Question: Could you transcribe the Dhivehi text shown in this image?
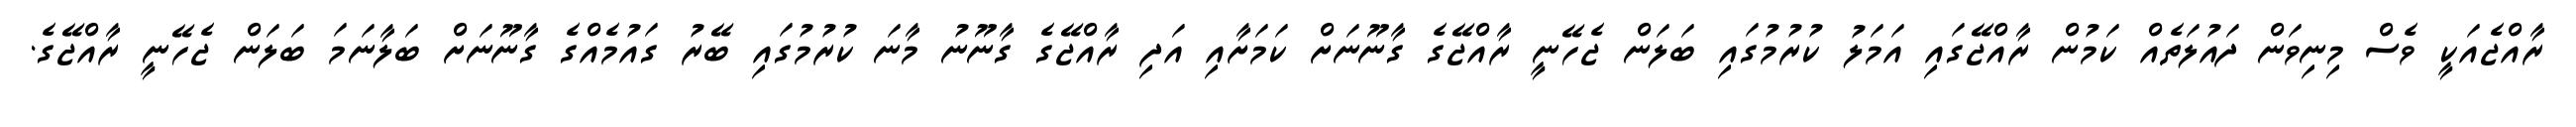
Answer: ރާއްޖެއަކީ ވެސް މިނިވަން ދައުލަތެއް ކަމުން ރާއްޖޭގައި އަމަލު ކުރުމުގައި ބަލަން ޖެހޭނީ ރާއްޖޭގެ ގާނޫނަށް ކަމަށާއި އަދި ރާއްޖޭގެ ގާނޫނު މާނަ ކުރުމުގައި ބޭރު ގައުމެއްގެ ގާނޫނަށް ބަލާނަމަ ބަލަން ޖެހޭނީ ރާއްޖޭގެ.